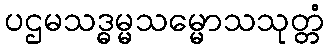
ပဌမသဒ္ဓမ္မသမ္မောသသုတ္တံ